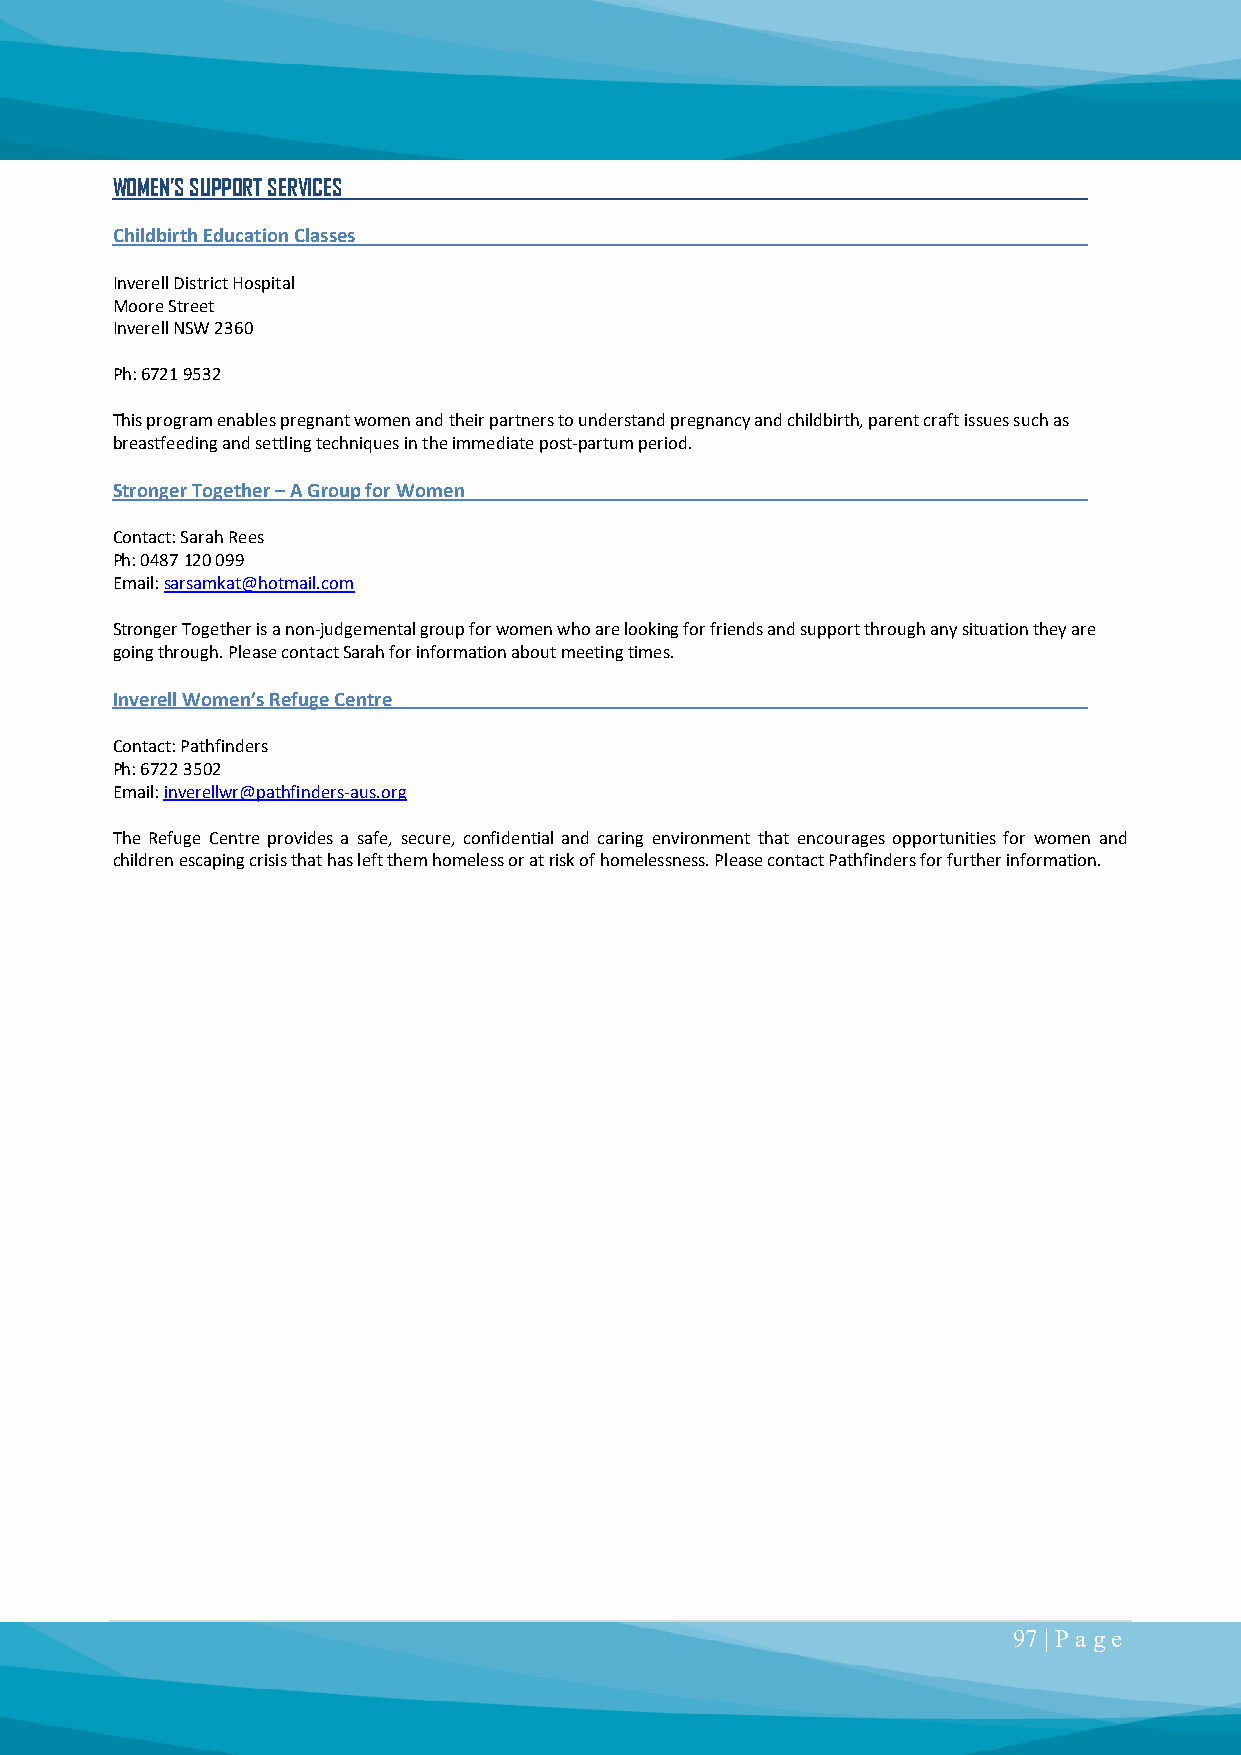
WOMEN’S SUPPORT SERVICES
 Childbirth Education Classes
 Inverell District Hospital
 Moore Street
 Inverell NSW 2360
 Ph: 6721 9532
 This program enables pregnant women and their partners to understand pregnancy and childbirth, parent craft issues such as
 breastfeeding and settling techniques in the immediate post-partum period.
 Stronger Together – A Group for Women
 Contact: Sarah Rees
 Ph: 0487 120 099
 Email: sarsamkat@hotmail.com
 Stronger Together is a non-judgemental group for women who are looking for friends and support through any situation they are
 going through. Please contact Sarah for information about meeting times.
 Inverell Women’s Refuge Centre
 Contact: Pathfinders
 Ph: 6722 3502
 Email: inverellwr@pathfinders-aus.org
 The Refuge Centre provides a safe, secure, confidential and caring environment that encourages opportunities for women and
 children escaping crisis that has left them homeless or at risk of homelessness. Please contact Pathfinders for further information.
 97 | P a ge